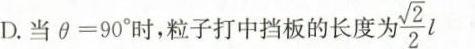
D.当 $$\theta = 9 0 °$$时，粒子打中挡板的长度为 \frac{\sqrt{2}}{2}l